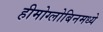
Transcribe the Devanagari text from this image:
हीमोग्लोबिनमध्ये